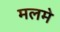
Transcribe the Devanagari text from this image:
मलमे